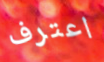
اعترف